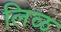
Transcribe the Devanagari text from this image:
लिळ